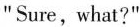
"Sure,what?"